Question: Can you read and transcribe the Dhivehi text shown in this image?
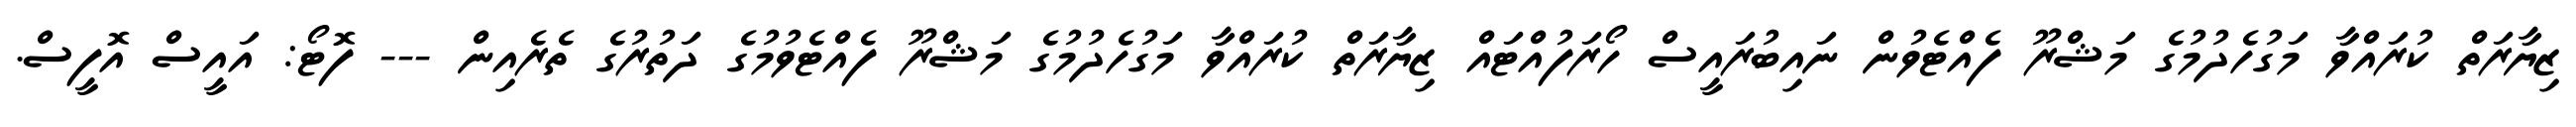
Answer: ޒިޔާރަތް ކުރައްވާ މަގުހެދުމުގެ މަޝްރޫ ފެއްޓެވުން ނައިބުރައީސް ހޯރަފުއްޓައް ޒިޔާރަތް ކުރައްވާ މަގުހެދުމުގެ މަޝްރޫ ފެއްޓެވުމުގެ ދަތުރުގެ ތެރެއިން --- ފޮޓޯ: އައީސް އޮފީސް.